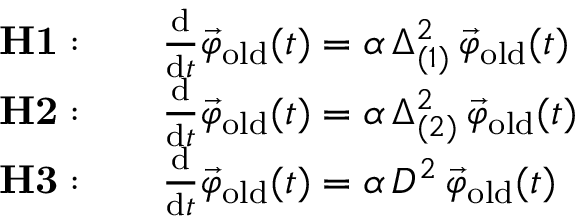
\begin{array} { r l } { { \bf H 1 : } } & { \quad \frac { \mathrm { d } } { \mathrm { d } t } \vec { \varphi } _ { \mathrm { o l d } } ( t ) = \alpha \, \Delta _ { ( 1 ) } ^ { 2 } \, \vec { \varphi } _ { \mathrm { o l d } } ( t ) } \\ { { \bf H 2 : } } & { \quad \frac { \mathrm { d } } { \mathrm { d } t } \vec { \varphi } _ { \mathrm { o l d } } ( t ) = \alpha \, \Delta _ { ( 2 ) } ^ { 2 } \, \vec { \varphi } _ { \mathrm { o l d } } ( t ) } \\ { { \bf H 3 : } } & { \quad \frac { \mathrm { d } } { \mathrm { d } t } \vec { \varphi } _ { \mathrm { o l d } } ( t ) = \alpha \, D ^ { 2 } \, \vec { \varphi } _ { \mathrm { o l d } } ( t ) } \end{array}